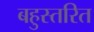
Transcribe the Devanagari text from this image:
बहुस्तरित